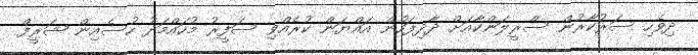
ދިވެހި ސަރުކާރުން ސްރީލަންކާއަށް ދާދިފަހުން އައްޔަން ކުރެއްވި ސަފީރު މުހައްމަދު ހުސެއިން ޝަރީފް